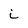
Character: i